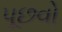
પૂછવો